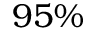
9 5 \%